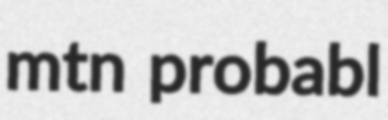
mtn probabl